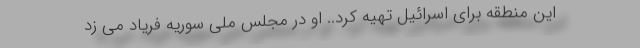
این منطقه برای اسرائیل تهیه کرد.. او در مجلس ملی سوریه فریاد می ‌زد